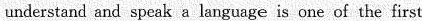
understand and speak a language is one of the first